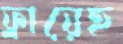
ফ্লায়েহ